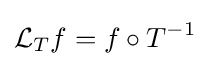
{\mathcal {L}}_{T}f=f\circ T^{-1}